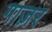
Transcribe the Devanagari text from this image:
गाज़र